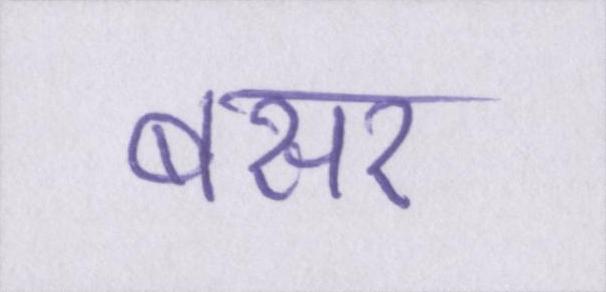
बसर